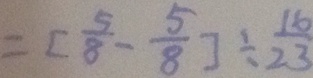
= [ \frac { 5 } { 8 } - \frac { 5 } { 8 } ] \div \frac { 1 6 } { 2 3 }